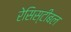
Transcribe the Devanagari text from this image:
रेसिस्टीबल